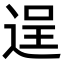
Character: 逞